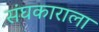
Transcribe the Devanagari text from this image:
संघकाराला